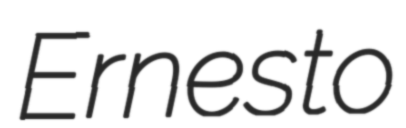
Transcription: Ernesto